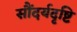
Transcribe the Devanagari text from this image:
सौंदर्यदृष्टि